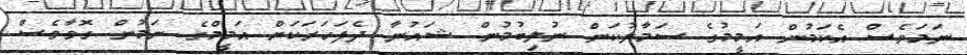
ނަމަވެސް އެކަމުން އަމީމުގެ ސަމާލުކަން ނުލިބުމުން ޝައުނާ ދެފަހަރަކަށް އަމީމްގެ ނަމުން ގޮވާވެސް